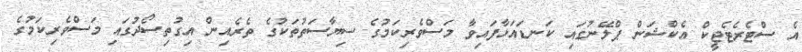
އެ ސްޓެރެޓެޖީކް އެކްޝަން ޕްލޭނުގައި ކަނޑައަޅާފައިވާ މަސްވެރިކަމުގެ ސިޔާސަތުތަކުގެ ތެރެއިން އިގުތިސޯދުގައި މަސްވެރިކަމުގެ